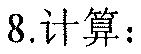
8.计算：